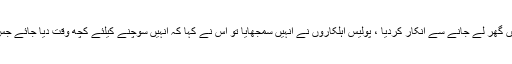
دوسری جانب سواتی کے شوہر نے انہیں گھر لے جانے سے انکار کردیا ، پولیس اہلکاروں نے انہیں سمجھایا تو اس نے کہا کہ انہیں سوچنے کیلئے کچھ وقت دیا جائے جس کے بعد سواتی کو میکے بھیج دیا گیا۔